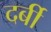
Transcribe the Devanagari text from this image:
दर्बी